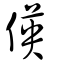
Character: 偀